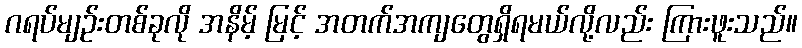
ဂရပ်မျဉ်းတစ်ခုလို အနိမ့် မြင့် အတက်အကျတွေရှိရမယ်လို့လည်း ကြားဖူးသည်။